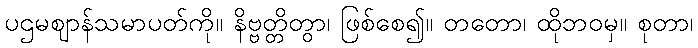
ပဌမဈာန်သမာပတ်ကို။ နိဗ္ဗတ္တိတွာ၊ ဖြစ်စေ၍။ တတော၊ ထိုဘဝမှ။ စုတာ၊